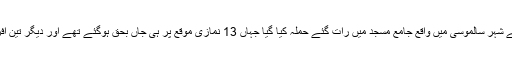
غیرملکی خبر ایجنسی کے مطابق برکینافاسو کے شہر سالموسی میں واقع جامع مسجد میں رات گئے حملہ کیا گیا جہاں 13 نمازی موقع پر ہی جاں بحق ہوگئے تھے اور دیگر تین افراد زخموں کی تاب نہ لاتے ہوئے دم توڑ گئے۔